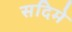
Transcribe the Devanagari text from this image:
सदिमे